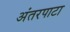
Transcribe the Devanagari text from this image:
अंतरपाटा